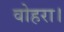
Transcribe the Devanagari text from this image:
वोहरा।